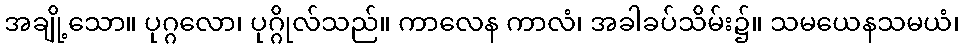
အချို့သော။ ပုဂ္ဂလော၊ ပုဂ္ဂိုလ်သည်။ ကာလေန ကာလံ၊ အခါခပ်သိမ်း၌။ သမယေနသမယံ၊